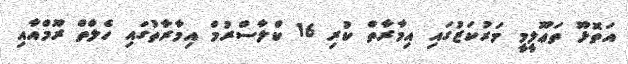
އަތޮޅޫ ތަޢޫލީމީ މަރުކަޒުގައި އިމާރާތް ކުރި 16 ކްލާސްރުމް އިމާރާތުގައި ހެލްތް ރޫމްއާއި